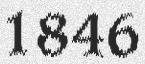
1846